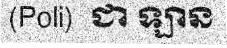
(Poli)  ជា ឡាន